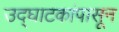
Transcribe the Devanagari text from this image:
उद्‌घाटकांपासून